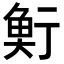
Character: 𩶷